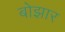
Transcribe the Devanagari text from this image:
बोझार